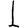
Digit: 1